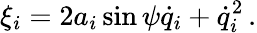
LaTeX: \xi_{i}=2a_{i}\sin\psi\dot{q}_{i}+\dot{q}_{i}^{2}\, .